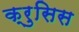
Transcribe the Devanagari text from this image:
क्रुसिस